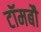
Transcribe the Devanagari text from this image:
टॉमबौ